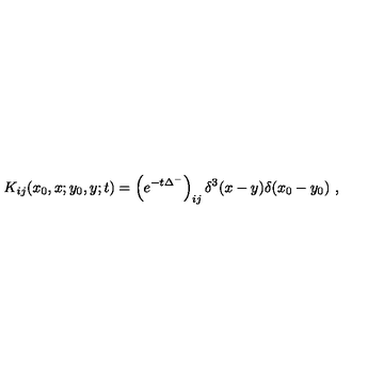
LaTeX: K _ { i j } ( x _ { 0 } , x ; y _ { 0 } , y ; t ) = \left( e ^ { - t \Delta ^ { - } } \right) _ { i j } \delta ^ { 3 } ( x - y ) \delta ( x _ { 0 } - y _ { 0 } ) \ ,